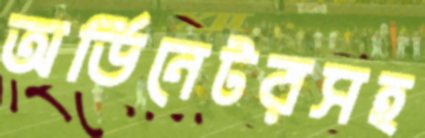
অর্ডিনেটরসহ